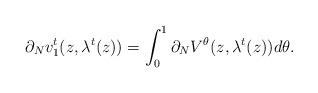
LaTeX: \begin{align*}\partial_N v^t_1(z, \lambda^t(z)) = \int_0^1 \partial_N V^\theta (z, \lambda^t(z))d\theta.\end{align*}